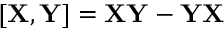
[ \mathbf { X } , \mathbf { Y } ] = \mathbf { X } \mathbf { Y } - \mathbf { Y } \mathbf { X }